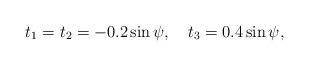
LaTeX: \begin{align*}t_1=t_2=-0.2\sin\psi, \quad t_3=0.4\sin\psi,\end{align*}